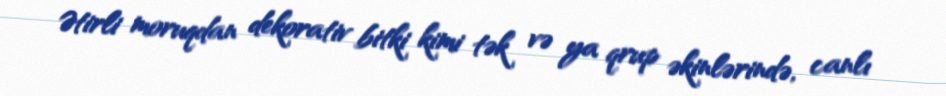
Ətirli moruqdan dekorativ bitki kimi tək və ya qrup əkinlərində, canlı